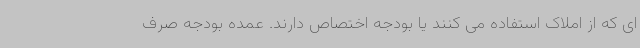
ای که از املاک استفاده می کنند یا بودجه اختصاص دارند. عمده بودجه صرف